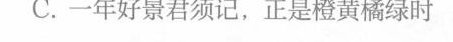
C.一年好景君须记。正是橙黄橘绿时